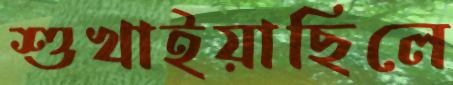
শুখাইয়াছিলে